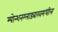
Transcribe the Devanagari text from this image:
म्योन्शनग्लाडबाखमधील